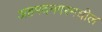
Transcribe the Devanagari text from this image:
अहमदनगरमधील